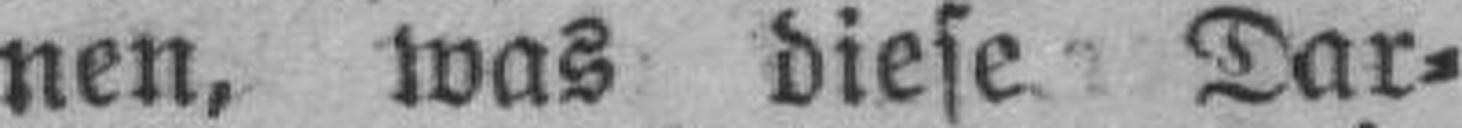
nen, was diese Dar¬